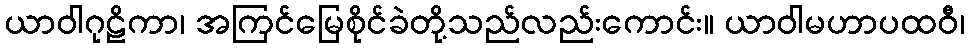
ယာဝါဂုဠိကာ၊ အကြင်မြေစိုင်ခဲတို့သည်လည်းကောင်း။ ယာဝါမဟာပထဝီ၊